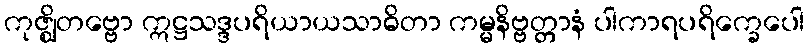
ကုဇ္ဈိတဗ္ဗော ဣဋ္ဌသဒ္ဒပရိယာယသာဓိတာ ကမ္မနိဗ္ဗတ္တာနံ ပါကာရပရိက္ခေပေါ